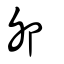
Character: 卯